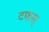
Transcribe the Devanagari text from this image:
टफस्